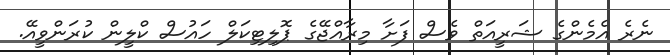
ނެރެ އެމެންގެ ޝަރީއަތް ވެސް ފަށާ މިރާއްޖޭގެ ޕޮލިޓިކަލް ހައުސް ކްލީން ކުރަންވީއޭ.